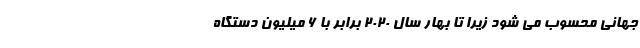
جهانی محسوب می شود زیرا تا بهار سال 2020 برابر با 6 میلیون دستگاه